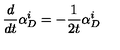
\frac { d } { d t } \alpha _ { D } ^ { i } = - \frac { 1 } { 2 t } \alpha _ { D } ^ { i }